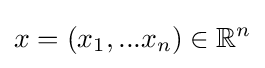
x=(x_{1},...x_{n})\in \mathbb {R} ^{n}